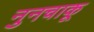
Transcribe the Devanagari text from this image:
नुनचाकू